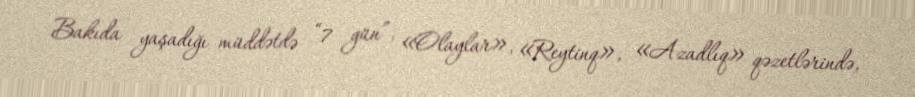
Bakıda yaşadığı müddətdə “7 gün”, «Olaylar», «Reytinq», «Azadlıq» qəzetlərində,